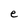
Character: e